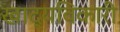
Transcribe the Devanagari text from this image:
खाद्यविकारी